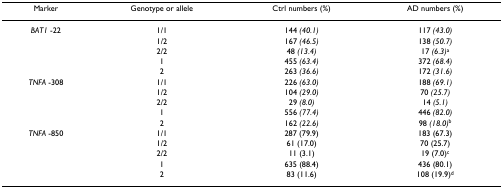
<table><thead><tr><td><b>Marker</b></td><td><b>Genotype or allele</b></td><td><b>Ctrl numbers (%)</b></td><td><b>AD numbers (%)</b></td></tr></thead><tbody><tr><td><i>BAT1 </i>-22</td><td>1/1</td><td>144 <i>(40.1)</i></td><td>117 <i>(43.0)</i></td></tr><tr><td></td><td>1/2</td><td>167 <i>(46.5)</i></td><td>138 <i>(50.7)</i></td></tr><tr><td></td><td>2/2</td><td>48 <i>(13.4)</i></td><td>17 <i>(6.3)</i><sup>a</sup></td></tr><tr><td></td><td>1</td><td>455 <i>(63.4)</i></td><td>372 <i>(68.4)</i></td></tr><tr><td></td><td>2</td><td>263 <i>(36.6)</i></td><td>172 <i>(31.6)</i></td></tr><tr><td><i>TNFA </i>-308</td><td>1/1</td><td>226 <i>(63.0)</i></td><td>188 <i>(69.1)</i></td></tr><tr><td></td><td>1/2</td><td>104 <i>(29.0)</i></td><td>70 <i>(25.7)</i></td></tr><tr><td></td><td>2/2</td><td>29 <i>(8.0)</i></td><td>14 <i>(5.1)</i></td></tr><tr><td></td><td>1</td><td>556 <i>(77.4)</i></td><td>446 <i>(82.0)</i></td></tr><tr><td></td><td>2</td><td>162 <i>(22.6)</i></td><td>98 <i>(18.0)</i><sup>b</sup></td></tr><tr><td><i>TNFA </i>-850</td><td>1/1</td><td>287 (79.9)</td><td>183 (67.3)</td></tr><tr><td></td><td>1/2</td><td>61 (17.0)</td><td>70 (25.7)</td></tr><tr><td></td><td>2/2</td><td>11 (3.1)</td><td>19 (7.0)<sup>c</sup></td></tr><tr><td></td><td>1</td><td>635 (88.4)</td><td>436 (80.1)</td></tr><tr><td></td><td>2</td><td>83 (11.6)</td><td>108 (19.9)<sup>d</sup></td></tr></tbody></table>